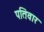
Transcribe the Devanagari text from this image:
पतिवार